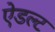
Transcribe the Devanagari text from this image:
ऐडल्ट